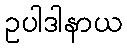
ဥပါဒါနာယ